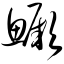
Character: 鳜